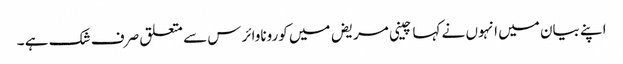
اپنے بیان میں انہوں نے کہا چینی مریض میں کوروناوائرس سے متعلق صرف شک ہے ۔